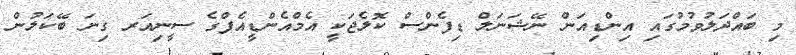
މި ބައްދަލުވުމުގައި އިންޑިއަން ނޭޝަނަލް ޑިފެންސް ކޮލެޖަކީ އެމްއެންޑީއެފްގެ ސީނިއަރ ގިނަ ބޭކަލުން